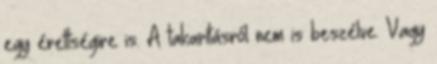
egy érettségire is. A takarításról nem is beszélve. Vagy